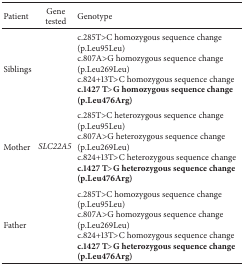
<table><thead><tr><td><b>Patient</b></td><td><b>Gene tested</b></td><td><b>Genotype</b></td></tr></thead><tbody><tr><td>Siblings</td><td rowspan="3"><i>SLC22A5 </i></td><td>c.285T&gt;C homozygous sequence change (p.Leu95Leu)c.807A&gt;G homozygous sequence change (p.Leu269Leu)c.824+13T&gt;C homozygous sequence change<b>c.1427 T&gt;G homozygous sequence change (p.Leu476Arg)</b></td></tr><tr><td>Mother</td><td>c.285T&gt;C heterozygous sequence change (p.Leu95Leu)c.807A&gt;G heterozygous sequence change (p.Leu269Leu)c.824+13T&gt;C heterozygous sequence change<b>c.1427 T&gt;G heterozygous sequence change (p.Leu476Arg)</b></td></tr><tr><td>Father</td><td>c.285T&gt;C homozygous sequence change (p.Leu95Leu)c.807A&gt;G homozygous sequence change (p.Leu269Leu)c.824+13T&gt;C homozygous sequence change<b>c.1427 T&gt;G heterozygous sequence change (p.Leu476Arg)</b></td></tr></tbody></table>